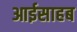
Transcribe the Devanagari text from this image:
आईसाहब